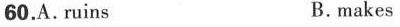
60.Aruins B. makes